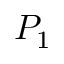
P _ { 1 }